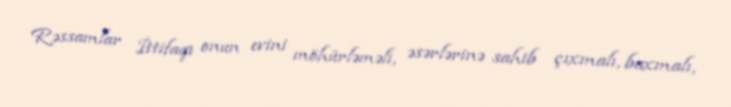
Rəssamlar İttifaqı onun evini möhürləməli, əsərlərinə sahib çıxmalı, baxmalı,